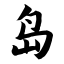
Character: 岛